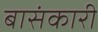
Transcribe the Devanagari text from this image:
बासंकारी